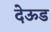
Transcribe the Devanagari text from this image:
देऊड